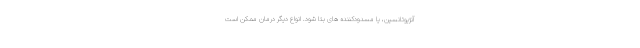
آنژیوتانسین، یا مسدودکننده های بتا شود. انواع دیگر درمان ممکن است